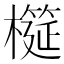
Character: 𱤨